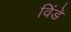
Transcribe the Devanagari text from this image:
विंडे